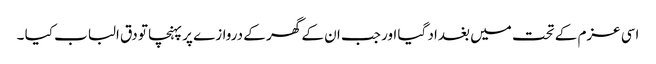
اسی عزم کے تحت میں بغداد گیا اور جب ان کے گھر کے دروازے پر پہنچا تو دق الباب کیا ۔